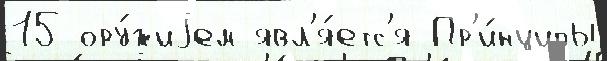
15 ору́жиjем явл'я́етс'я Пр'и́нципы